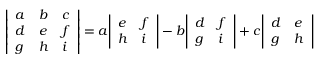
{ \left| \begin{array} { l l l } { a } & { b } & { c } \\ { d } & { e } & { f } \\ { g } & { h } & { i } \end{array} \right| } = a { \left| \begin{array} { l l } { e } & { f } \\ { h } & { i } \end{array} \right| } - b { \left| \begin{array} { l l } { d } & { f } \\ { g } & { i } \end{array} \right| } + c { \left| \begin{array} { l l } { d } & { e } \\ { g } & { h } \end{array} \right| }